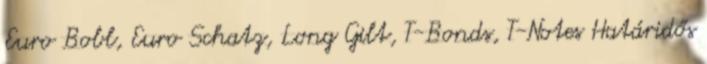
Euro Bobl, Euro Schatz, Long Gilt, T-Bonds, T-Notes Határidős